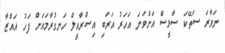
ނަވާރަ ސަތޭކަ ސާޅީސް އަށްވަނަ އަހަރު އަރަބި އިސްރާއީލް ހަނގުރާމައަށް ފަހު ޣައްޒާ